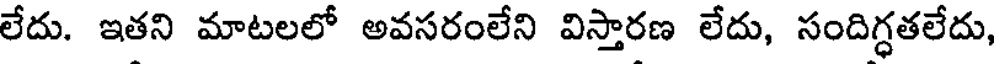
లేదు. ఇతని మాటలలో అవసరంలేని విస్తారణ లేదు, సందిగ్ధతలేదు,